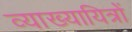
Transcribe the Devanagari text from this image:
व्याख्यायित्रों